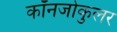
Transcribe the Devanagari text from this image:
कॉनजोकुलर